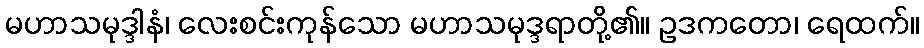
မဟာသမုဒ္ဒါနံ၊ လေးစင်းကုန်သော မဟာသမုဒ္ဒရာတို့၏။ ဥဒကတော၊ ရေထက်။